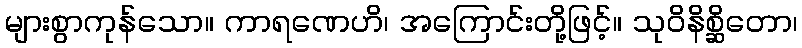
များစွာကုန်သော။ ကာရဏေဟိ၊ အကြောင်းတို့ဖြင့်။ သုဝိနိစ္ဆိတော၊